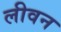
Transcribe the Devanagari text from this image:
लीवन